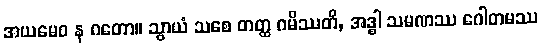
အယမေဝ န ဂတော။ သွာယံ သစေ တတ္ထ ဂမိဿတိ, အဒ္ဓါ သမဏဿ ဂေါတမဿ